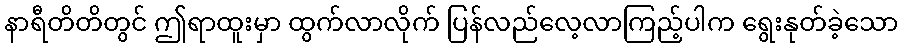
နာရီတိတိတွင် ဤရာထူးမှာ ထွက်လာလိုက် ပြန်လည်လေ့လာကြည့်ပါက ရွေးနုတ်ခဲ့သော